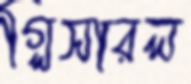
গ্লিসারল